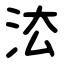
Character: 㳒